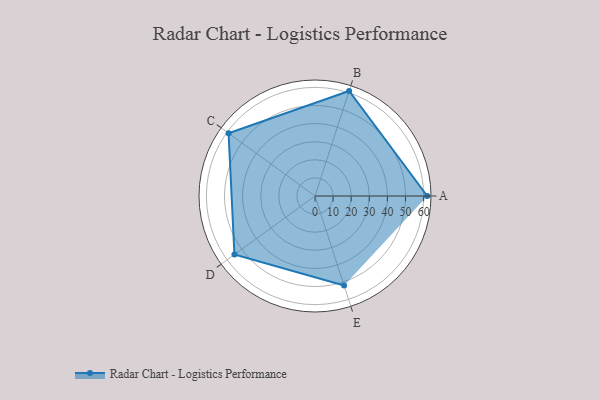
{"axis": {"x": "Skill", "y": "Score"}, "legend": ["Profile"], "data": [{"x": "A", "y": 62.0, "type": "Profile"}, {"x": "B", "y": 61.0, "type": "Profile"}, {"x": "C", "y": 59.0, "type": "Profile"}, {"x": "D", "y": 55.0, "type": "Profile"}, {"x": "E", "y": 52.0, "type": "Profile"}]}